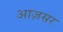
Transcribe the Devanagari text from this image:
आज़सर